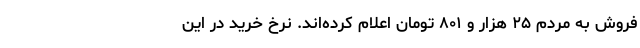
فروش به مردم ۲۵ هزار و ۸۰۱ تومان اعلام کرده‌اند. نرخ خرید در این